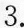
3.